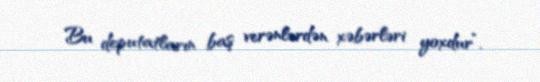
Bu deputatların baş verənlərdən xəbərləri yoxdur”.